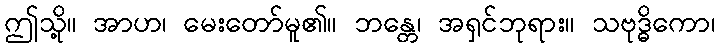
ဤသို့။ အာဟ၊ မေးတော်မူ၏။ ဘန္တေ၊ အရှင်ဘုရား။ သဗုဒ္ဓိကော၊